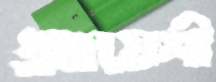
আয়েশী